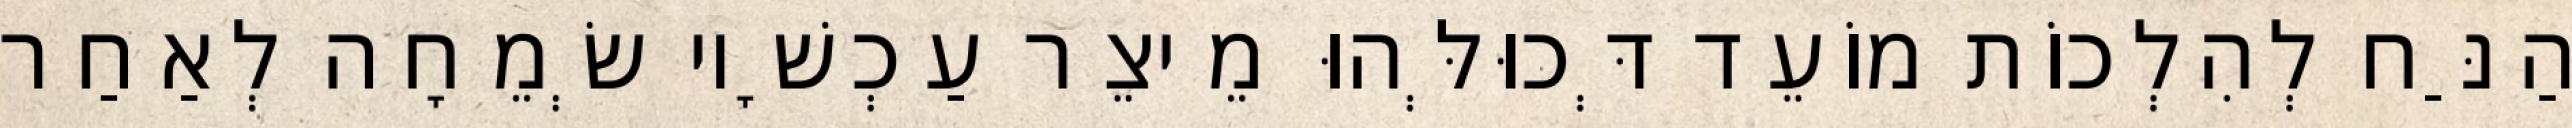
הַנַּח לְהִלְכוֹת מוֹעֵד דְּכוּלְּהוּ מֵיצֵר עַכְשָׁיו שְׂמֵחָה לְאַחַר